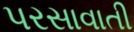
પરસાવાતી